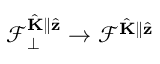
\mathcal { F } _ { \perp } ^ { \hat { \mathbf { K } } \parallel \hat { \mathbf { z } } } \to \mathcal { F } ^ { \hat { \mathbf { K } } \parallel \hat { \mathbf { z } } }